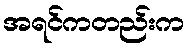
အရင်ကတည်းက